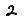
Digit: 2